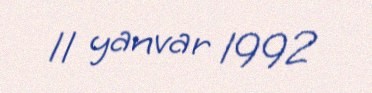
11 yanvar 1992